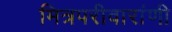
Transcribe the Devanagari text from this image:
मित्रपरीवारांणी